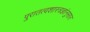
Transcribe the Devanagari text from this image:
पुरातत्वशास्त्रज्ञांनुसार